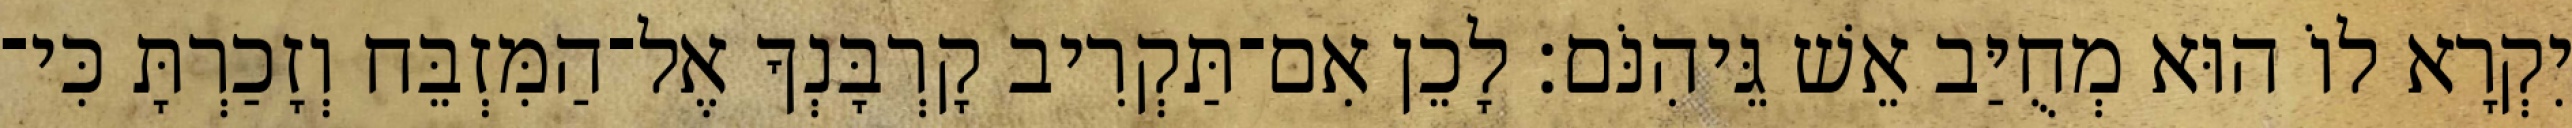
יִקְרָא לוֹ הוּא מְחֻיַּב אֵשׁ גֵּיהִנֹּם׃ לָכֵן אִם־תַּקְרִיב קָרְבָּנְךָ אֶל־הַמִּזְבֵּח וְזָכַרְתָּ כִּי־